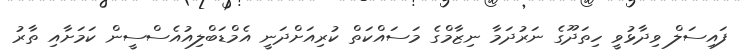
ފައިސަލް ވިދާޅުވީ ހިތަދޫގެ ނަރުދަމާ ނިޒާމްގެ މަސައްކަތް ކުރިއަށްދަނީ އެމްޑަބްލިއުއެސްސީން ކަމަށާއި ތާރު